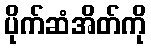
ပိုက်ဆံအိတ်ကို